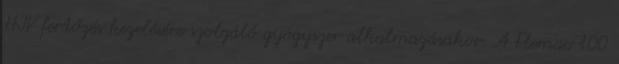
HIV fertőzés kezelésére szolgáló gyógyszer alkalmazásakor. A Flemac 100